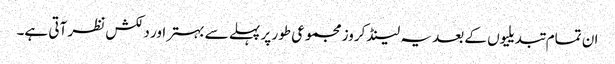
ان تمام تبدیلیوں کے بعد یہ لینڈ کروز مجموعی طور پر پہلے سے بہتر اور دلکش نظر آتی ہے۔